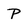
Character: P